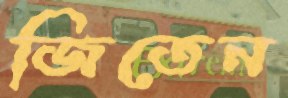
জিতেন